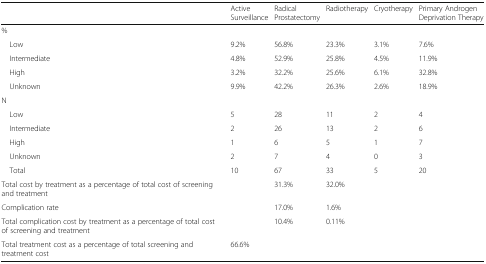
<table><thead><tr><td></td><td><b>Active Surveillance</b></td><td><b>Radical Prostatectomy</b></td><td><b>Radiotherapy</b></td><td><b>Cryotherapy</b></td><td><b>Primary Androgen Deprivation Therapy</b></td></tr></thead><tbody><tr><td colspan="6">%</td></tr><tr><td> Low</td><td>9.2%</td><td>56.8%</td><td>23.3%</td><td>3.1%</td><td>7.6%</td></tr><tr><td> Intermediate</td><td>4.8%</td><td>52.9%</td><td>25.8%</td><td>4.5%</td><td>11.9%</td></tr><tr><td> High</td><td>3.2%</td><td>32.2%</td><td>25.6%</td><td>6.1%</td><td>32.8%</td></tr><tr><td> Unknown</td><td>9.9%</td><td>42.2%</td><td>26.3%</td><td>2.6%</td><td>18.9%</td></tr><tr><td colspan="6">N</td></tr><tr><td> Low</td><td>5</td><td>28</td><td>11</td><td>2</td><td>4</td></tr><tr><td> Intermediate</td><td>2</td><td>26</td><td>13</td><td>2</td><td>6</td></tr><tr><td> High</td><td>1</td><td>6</td><td>5</td><td>1</td><td>7</td></tr><tr><td> Unknown</td><td>2</td><td>7</td><td>4</td><td>0</td><td>3</td></tr><tr><td> Total</td><td>10</td><td>67</td><td>33</td><td>5</td><td>20</td></tr><tr><td>Total cost by treatment as a percentage of total cost of screening and treatment</td><td></td><td>31.3%</td><td>32.0%</td><td></td><td></td></tr><tr><td>Complication rate</td><td></td><td>17.0%</td><td>1.6%</td><td></td><td></td></tr><tr><td>Total complication cost by treatment as a percentage of total cost of screening and treatment</td><td></td><td>10.4%</td><td>0.11%</td><td></td><td></td></tr><tr><td>Total treatment cost as a percentage of total screening and treatment cost</td><td>66.6%</td><td></td><td></td><td></td><td></td></tr></tbody></table>